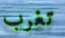
تغرب